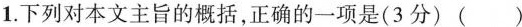
1.下列对本文主旨的概括,正确的一项是(3分) ( )